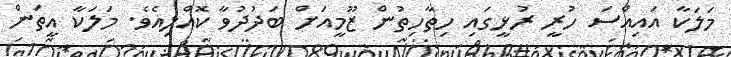
މަލަކާ އައިއްސަ ހުރީ ރުޅީގައި ހިތާހިތުން ޒޫމީއަށް ބަދުދުވާ ކޮއްލިއެވެ. މަލަކާ އީތަން